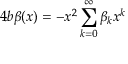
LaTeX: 4 b \beta ( x ) = - x ^ { 2 } \sum _ { k = 0 } ^ { \infty } \beta _ { k } x ^ { k }